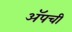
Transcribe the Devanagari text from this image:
ॲपची